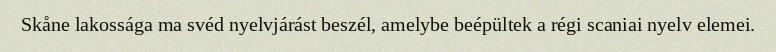
Skåne lakossága ma svéd nyelvjárást beszél, amelybe beépültek a régi scaniai nyelv elemei.